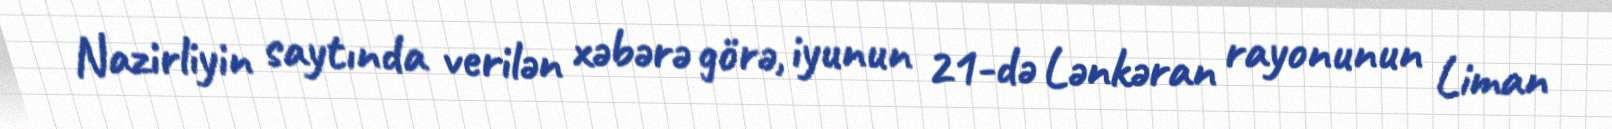
Nazirliyin saytında verilən xəbərə görə, iyunun 21-də Lənkəran rayonunun Liman